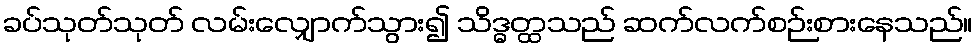
ခပ်သုတ်သုတ် လမ်းလျှောက်သွား၍ သိဒ္ဓတ္ထသည် ဆက်လက်စဉ်းစားနေသည်။